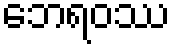
ဘေရဝဿ